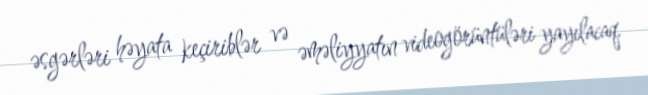
əsgərləri həyata keçiriblər və əməliyyatın videogörüntüləri yayılacaq.